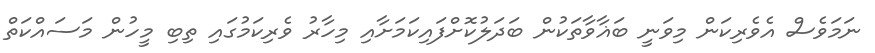
ނަމަވެސް އެވެރިކަން މިވަނީ ބަޣާވާތަކުން ބަދަލުކޮށްފައިކަމަށާއި މިހާރު ވެރިކަމުގައި ތިބި މީހުން މަސައްކަތް